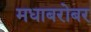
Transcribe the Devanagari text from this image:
मधाबरोबर